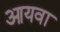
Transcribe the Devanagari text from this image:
आयवा